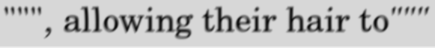
""", allowing their hair to"""